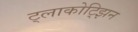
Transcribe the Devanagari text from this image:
ट्लाकोट्झिन